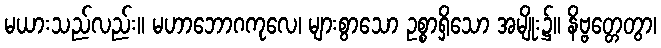
မယားသည်လည်း။ မဟာဘောဂကုလေ၊ များစွာသော ဥစ္စာရှိသော အမျိုး၌။ နိဗ္ဗတ္တေတွာ၊